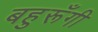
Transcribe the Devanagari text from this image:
बहुरूॅंगी